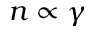
n \propto \gamma